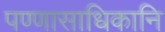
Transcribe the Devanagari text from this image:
पण्णासाधिकानि